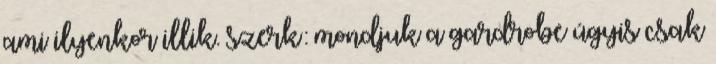
ami ilyenkor illik. szerk: mondjuk a gardrobe úgyis csak